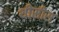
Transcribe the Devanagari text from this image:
थीसीस